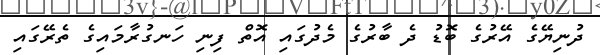
ދުނިޔޭގެ އޭރުގެ ބޮޑު ދެ ބާރުގެ މެދުގައި އޮތް ފިނި ހަނގުރާމައިގެ ތެރޭގައި